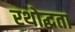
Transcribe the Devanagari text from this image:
रथोद्धता